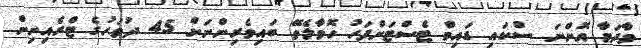
މާދަމާ އޮންނަ ސްކައި ޑައިވް ޓެސްޓަށްފަހު ހޮވާލެވޭ ބައިވެރިންނަށް 45 ދުވަހުގެ ޓްރެއިނިން